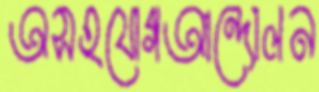
অসহযোগআন্দোলন